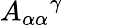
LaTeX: A_{\alpha\alpha}{}^{\gamma}\qquad